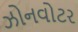
ઝોનવોટર